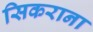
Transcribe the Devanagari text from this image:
सिकराना